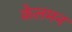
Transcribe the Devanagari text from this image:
केलमन